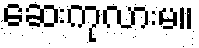
ဆေးကုလားမ။